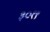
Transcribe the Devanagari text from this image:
३०१९